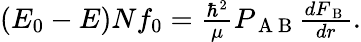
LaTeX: \begin{array}{r}{(E_{0}-E)Nf_{0}=\frac{\hbar^{2}}{\mu}P_{\mathrm{~A~B~}}\frac{dF_{\mathrm{~B~}}}{dr}.}\end{array}